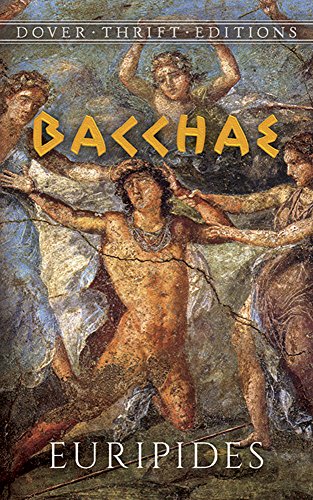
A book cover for Bacchae (Dover Thrift Editions); Euripides; Literature & Fiction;